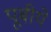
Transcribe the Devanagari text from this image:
पूबीये